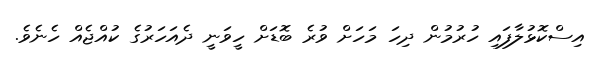
އިސްކޮޅުލާފައި ހުރުމުން ދިހަ މަހަށް ވުރެ ބޮޑަށް ހީވަނީ ދެއަހަރުގެ ކުއްޖެއް ހެނެވެ.